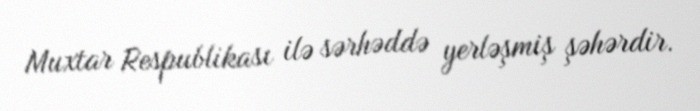
Muxtar Respublikası ilə sərhəddə yerləşmiş şəhərdir.